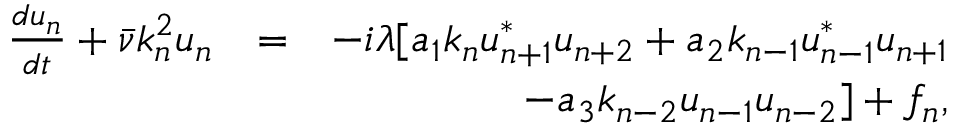
\begin{array} { r l r } { \frac { d u _ { n } } { d t } + \bar { \nu } k _ { n } ^ { 2 } u _ { n } } & { = } & { - i \lambda [ a _ { 1 } k _ { n } u _ { n + 1 } ^ { * } u _ { n + 2 } + a _ { 2 } k _ { n - 1 } u _ { n - 1 } ^ { * } u _ { n + 1 } } \\ & { } & { ~ ~ ~ - a _ { 3 } k _ { n - 2 } u _ { n - 1 } u _ { n - 2 } ] + f _ { n } , } \end{array}